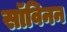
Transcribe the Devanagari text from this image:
सॉविनन